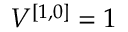
V ^ { [ { 1 } , { 0 } ] } = 1